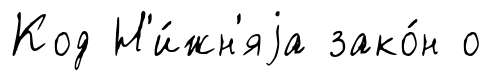
Код Н'и́жн'яjа зако́н о